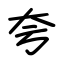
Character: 夸